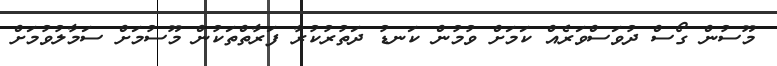
މޫސުން ގޯސް ދުވަސްވަރެއް ކަމަށް ވުމުން ކަނޑު ދަތުރުކުރާ ފަރާތްތަކުން މޫސުމަށް ސަމާލުވުމަށް